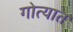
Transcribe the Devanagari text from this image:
गोत्यात